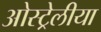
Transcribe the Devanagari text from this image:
ओस्ट्रेलीया